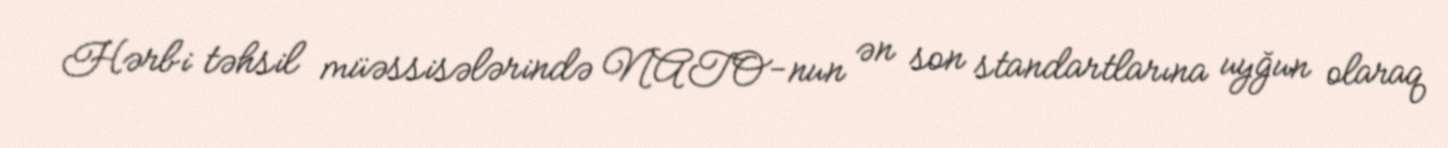
Hərbi təhsil müəssisələrində NATO-nun ən son standartlarına uyğun olaraq